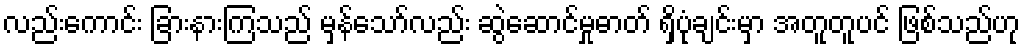
လည်းကောင်း ခြားနားကြသည် မှန်သော်လည်း ဆွဲဆောင်မှုဓာတ် ရှိပုံချင်းမှာ အတူတူပင် ဖြစ်သည်ဟု